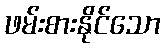
ဖမ်းစားနိုင်သော